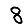
Digit: 8